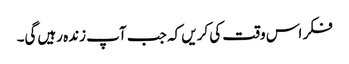
فکر اس وقت کی کریں کہ جب آپ زندہ رہیں‌گی۔